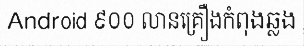
Android ៩០០ លានគ្រឿងកំពុងឆ្លង